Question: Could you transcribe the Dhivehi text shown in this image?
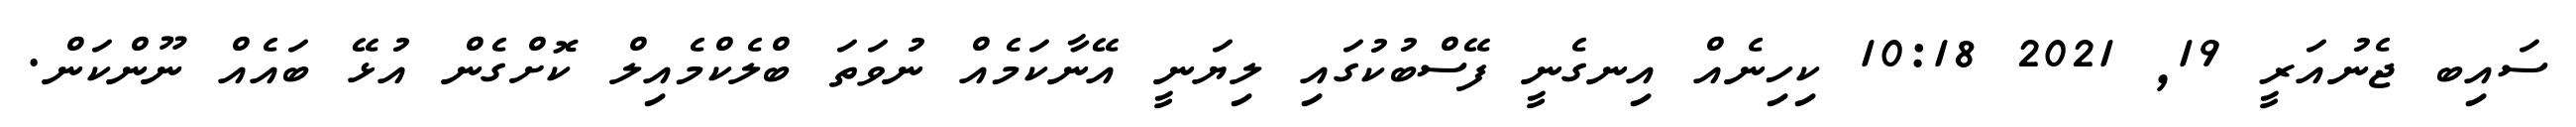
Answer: ސައިބ ޖެނުއަރީ 19, 2021 10:18 ކިހިނެއް އިނގެނީ ފޭސްބުކުގައި ލިޔަނީ އޭނާކަމެއް ނުވަތަ ބްލެކްމެއިލް ކޮށްގެން އުޅޭ ބައެއް ނޫންކަން.